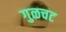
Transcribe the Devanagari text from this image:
गुळचट